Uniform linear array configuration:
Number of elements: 16
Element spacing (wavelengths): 0.5
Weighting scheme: binomial
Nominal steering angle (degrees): -60
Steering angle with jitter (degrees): -60.788
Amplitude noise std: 0.05
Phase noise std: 0.05

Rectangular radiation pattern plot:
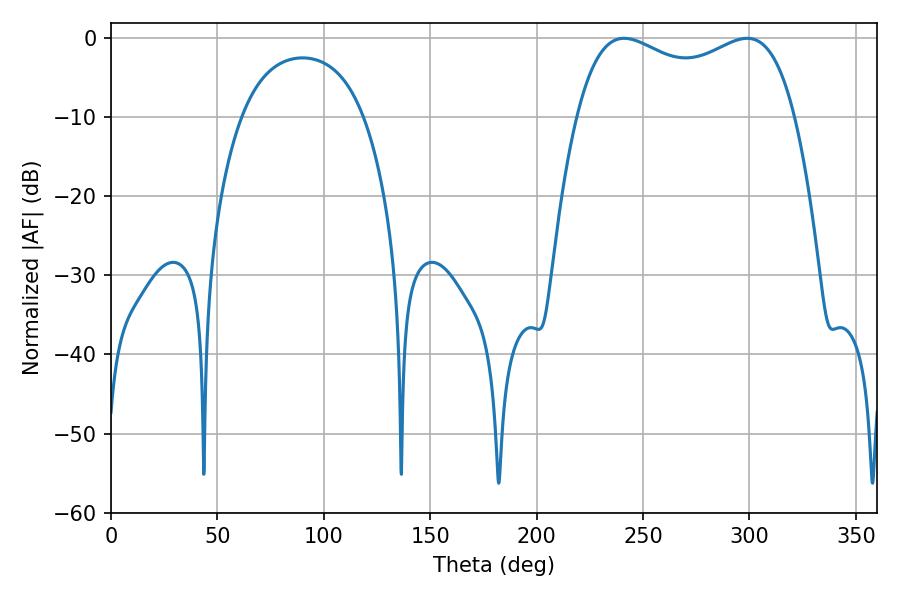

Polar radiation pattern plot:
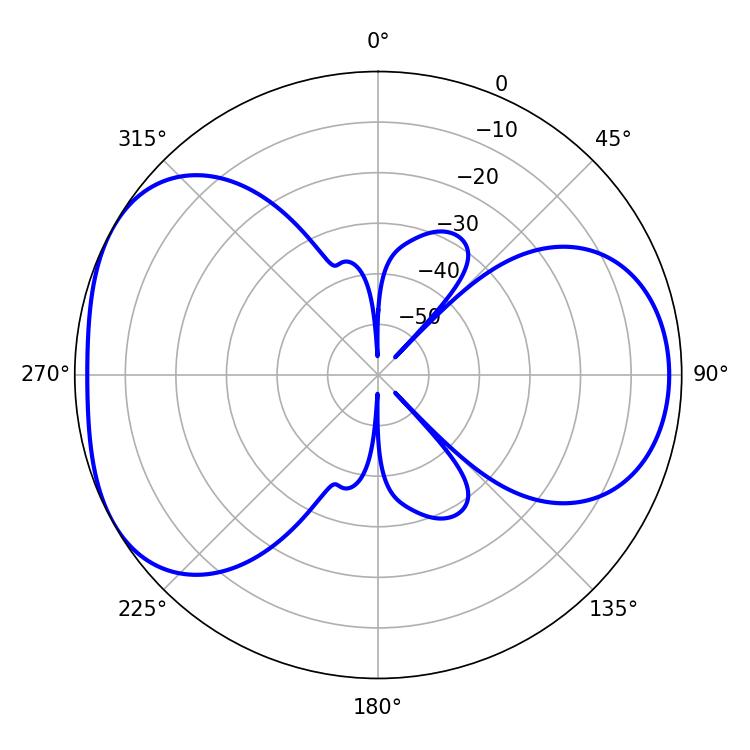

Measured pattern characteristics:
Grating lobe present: FALSE
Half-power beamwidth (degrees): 84.6
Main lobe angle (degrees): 241.2